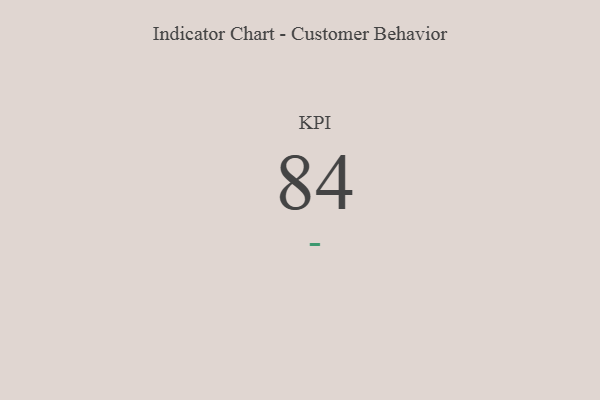
{"axis": {"x": "KPI", "y": "Value"}, "legend": [""], "data": [{"x": "KPI", "y": 84, "type": ""}]}